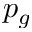
p _ { g }